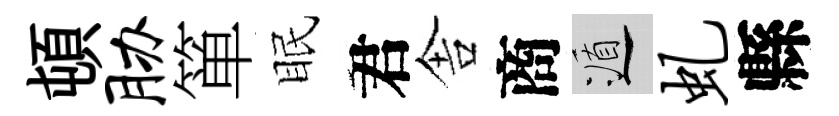
頓胁箪眠君舎商遁虬縣